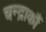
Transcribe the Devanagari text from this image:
चन्द्रार्कौ